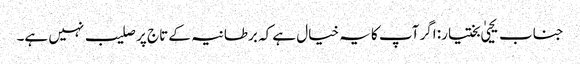
جناب یحییٰ بختیار: اگر آپ کا یہ خیال ہے کہ برطانیہ کے تاج پر صلیب نہیں ہے۔